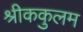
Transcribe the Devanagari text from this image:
श्रीककुलम